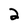
Character: 2